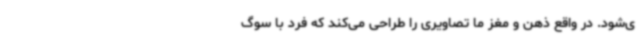
ی‌شود. در واقع ذهن و مغز ما تصاویری را طراحی می‌کند که فرد با سوگ